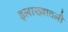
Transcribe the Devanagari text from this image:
इलाख्यातली